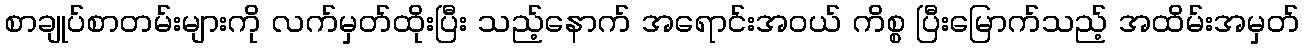
စာချုပ်စာတမ်းများကို လက်မှတ်ထိုးပြီး သည့်နောက် အရောင်းအဝယ် ကိစ္စ ပြီးမြောက်သည့် အထိမ်းအမှတ်